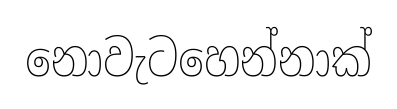
නොවැටහෙන්නාක්